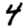
Digit: 4